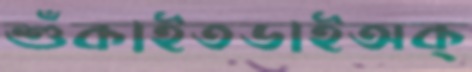
শুঁকাইতডাইঅক্